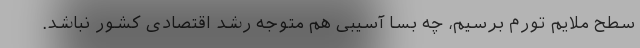
سطح ملایم تورم برسیم، چه بسا آسیبی هم متوجه رشد اقتصادی کشور نباشد.